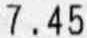
7.45